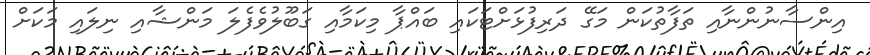
އިންސާނުންނާއި ތަފާތުކަން މަގޭ ދަރިފުޅަށްޓަކައި ބައްޕާ މިކަމާއި ގަބޫލުވެފެލަ މަންޝާއި ނިލައި މަކަށް